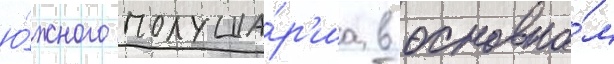
ю́жного полуша́р'иа в основно́м